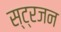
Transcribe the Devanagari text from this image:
स्ट्रजन